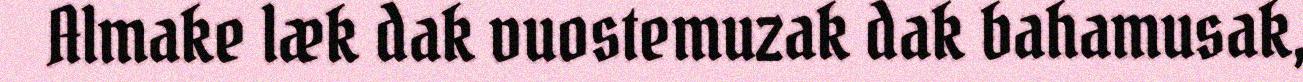
Almake læk dak vuostemuzak dak bahamusak,